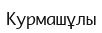
Курмашұлы